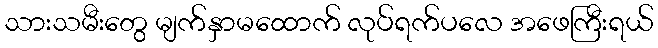
သားသမီးတွေ မျက်နှာမထောက် လုပ်ရက်ပလေ အဖေကြီးရယ်